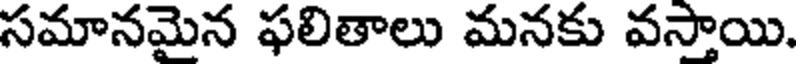
సమానమైన ఫలితాలు మనకు వస్తాయి.